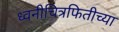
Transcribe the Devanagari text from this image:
ध्वनीचित्रफितीच्या